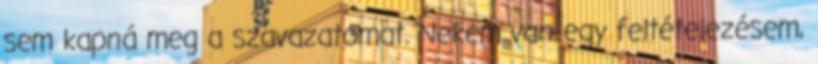
sem kapná meg a szavazatomat. Nekem van egy feltételezésem,